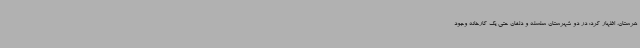
هرستان، اظهار کرد: در دو شهرستان سلسله و دلفان حتی یک کارخانه وجود